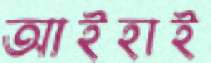
আইহাই